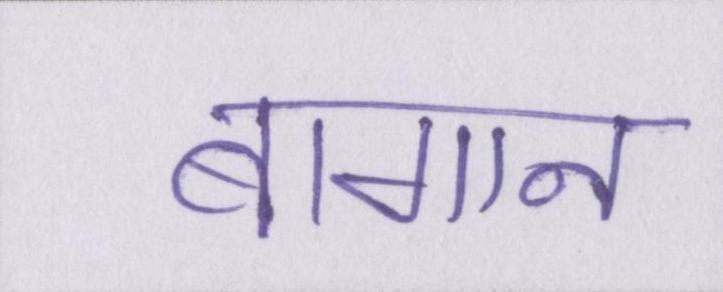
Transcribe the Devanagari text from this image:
बागान